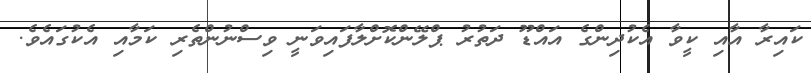
ކައިރާ އާއި ކީވާ އެކުދިންގެ އައްޑޫ ދަތުރު ޕްލޭންކޮށްލާފައިވަނީ ވިސްނުންތެރި ކަމާއި އެކުގައެވެ.